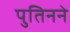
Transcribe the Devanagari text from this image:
पुतिनने